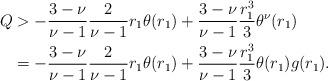
LaTeX: \begin{align*}Q&>-\frac{3-\nu}{\nu-1}\frac{2}{\nu-1}r_1\theta(r_1)+\frac{3-\nu}{\nu-1}\frac{r_1^3}{3}\theta^{\nu}(r_1) \\&=-\frac{3-\nu}{\nu-1}\frac{2}{\nu-1}r_1\theta(r_1)+\frac{3-\nu}{\nu-1}\frac{r_1^3}{3}\theta(r_1)g(r_1).\end{align*}